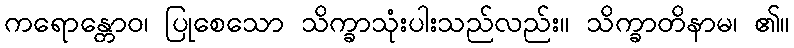
ကရောန္တောဝ၊ ပြုစေသော သိက္ခာသုံးပါးသည်လည်း။ သိက္ခာတိနာမ၊ ၏။